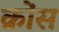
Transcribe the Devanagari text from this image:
क्रोंस